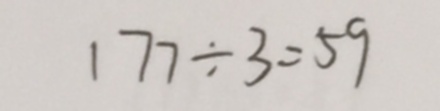
1 7 7 \div 3 = 5 9